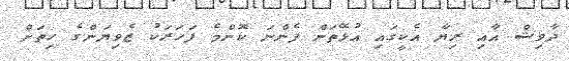
ދާވިޝް އާއި ރިޔާ އެކީގައި އުޅޭތަން ފެންނަ ކޮންމެ ފަހަރަކު ޒެވިޔަންގެ ހިތަށް